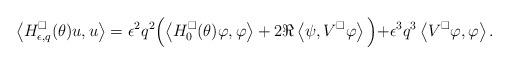
LaTeX: \begin{align*} \left\langle H^\square_{\epsilon, q}(\theta) u, u \right\rangle = \epsilon^2 q^2 \Bigl( \left\langle H^\square_{0}(\theta) \varphi, \varphi \right\rangle + 2 \Re \left\langle \psi, V^\square \varphi \right \rangle \Bigl) + \epsilon^3 q^3 \left\langle V^\square \varphi, \varphi\right\rangle .\end{align*}